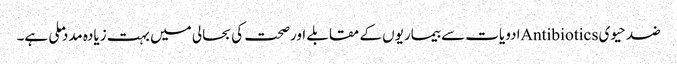
ضد حیوی Antibioticsادویات سے بیماریوں کے مقابلے اورصحت کی بحالی میں بہت زیادہ مدد ملی ہے۔